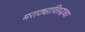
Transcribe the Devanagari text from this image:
मराठ्याविरुद्धच्या